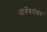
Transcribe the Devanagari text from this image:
नोर्गेबरोबर